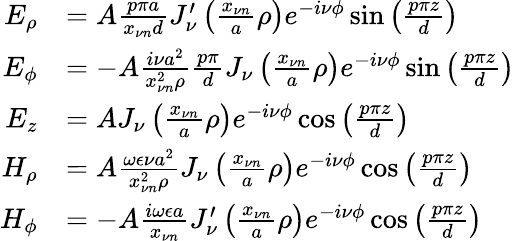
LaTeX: \begin{array}{rl}{E_{\rho}}&{=A\frac{p\pi a}{x_{\nu n}d}J_{\nu}^{\prime}\left(\frac{x_{\nu n}}{a}\rho\right)e^{-i\nu\phi}\sin\left(\frac{p\pi z}{d}\right)}\\ {E_{\phi}}&{=-A\frac{i\nu a^{2}}{x_{\nu n}^{2}\rho}\frac{p\pi}{d}J_{\nu}\left(\frac{x_{\nu n}}{a}\rho\right)e^{-i\nu\phi}\sin\left(\frac{p\pi z}{d}\right)}\\ {E_{z}}&{=AJ_{\nu}\left(\frac{x_{\nu n}}{a}\rho\right)e^{-i\nu\phi}\cos\left(\frac{p\pi z}{d}\right)}\\ {H_{\rho}}&{=A\frac{\omega\epsilon\nu a^{2}}{x_{\nu n}^{2}\rho}J_{\nu}\left(\frac{x_{\nu n}}{a}\rho\right)e^{-i\nu\phi}\cos\left(\frac{p\pi z}{d}\right)}\\ {H_{\phi}}&{=-A\frac{i\omega\epsilon a}{x_{\nu n}}J_{\nu}^{\prime}\left(\frac{x_{\nu n}}{a}\rho\right)e^{-i\nu\phi}\cos\left(\frac{p\pi z}{d}\right)}\end{array}